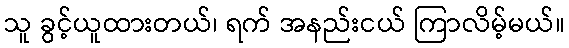
သူ ခွင့်ယူထားတယ်၊ ရက် အနည်းငယ် ကြာလိမ့်မယ်။